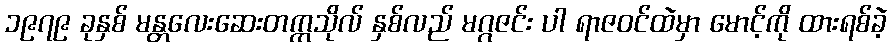
၁၉၇၉ ခုနှစ် မန္တလေးဆေးတက္ကသိုလ် နှစ်လည် မဂ္ဂဇင်း ပါ ရာဇဝင်ထဲမှာ မောင့်ကို ထားရစ်ခဲ့